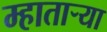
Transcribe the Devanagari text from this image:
म्हातार्‍या